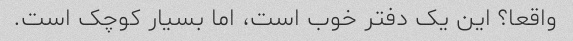
واقعا؟ این یک دفتر خوب است، اما بسیار کوچک است.